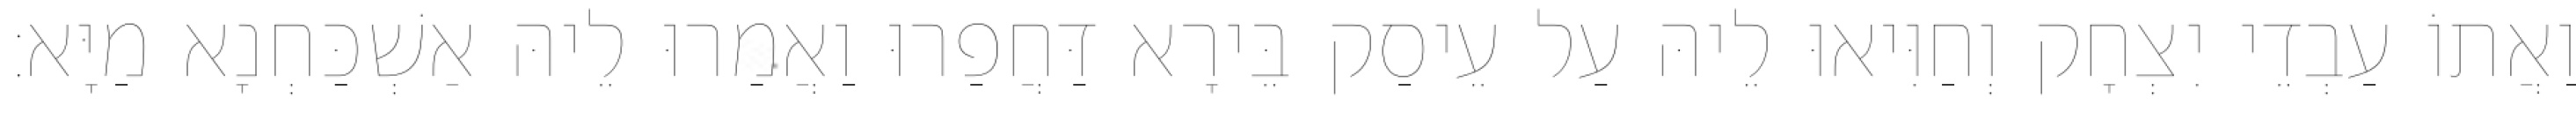
וַאֲתוֹ עַבְדֵי יִצְחָק וְחַוִּיאוּ לֵיהּ עַל עֵיסַק בֵּירָא דַּחֲפַרוּ וַאֲמַרוּ לֵיהּ אַשְׁכַּחְנָא מַיָּא׃